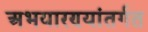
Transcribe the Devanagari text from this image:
अभयारण्यांतर्गत